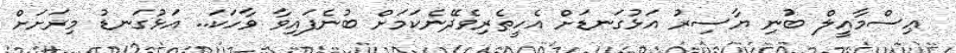
ޢިސްމާއީލް ބުނި ޔާސިރު އަޅުގަނޑަށް އެހީތެރިވެދޭނެކަމަށް ބުނެފައިވާ ވާހަކަ.. އަޅުގަނޑު މިރަށަށް